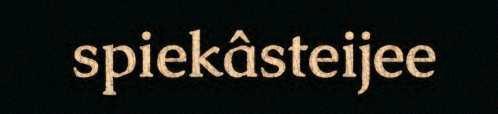
spiekâsteijee